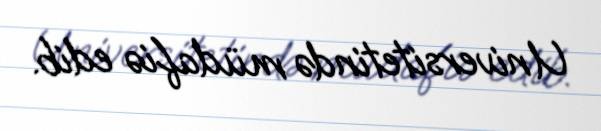
Universitetində müdafiə edib.